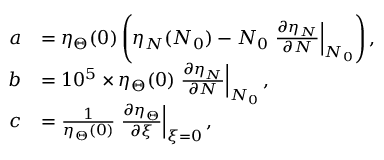
\begin{array} { r l } { a } & { = \eta _ { \Theta } ( 0 ) \left( \eta _ { N } ( N _ { 0 } ) - N _ { 0 } \left. \frac { \partial \eta _ { N } } { \partial N } \right| _ { N _ { 0 } } \right) , } \\ { b } & { = 1 0 ^ { 5 } \times \eta _ { \Theta } ( 0 ) \left. \frac { \partial \eta _ { N } } { \partial N } \right| _ { N _ { 0 } } , } \\ { c } & { = \frac { 1 } { \eta _ { \Theta } ( 0 ) } \left. \frac { \partial \eta _ { \Theta } } { \partial \xi } \right| _ { \xi = 0 } , } \end{array}